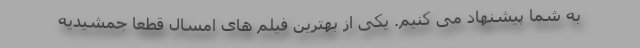
به شما پیشنهاد می کنیم. یکی از بهترین فیلم های امسال قطعا جمشیدیه